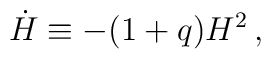
\dot{H} \equiv -(1+q)H^2 \,,